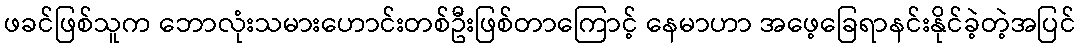
ဖခင်ဖြစ်သူက ဘောလုံးသမားဟောင်းတစ်ဦးဖြစ်တာကြောင့် နေမာဟာ အဖေ့ခြေရာနင်းနိုင်ခဲ့တဲ့အပြင်